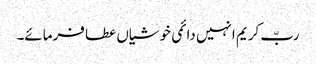
ربّ کریم انہیں دائمی خوشیاں عطا فرمائے۔